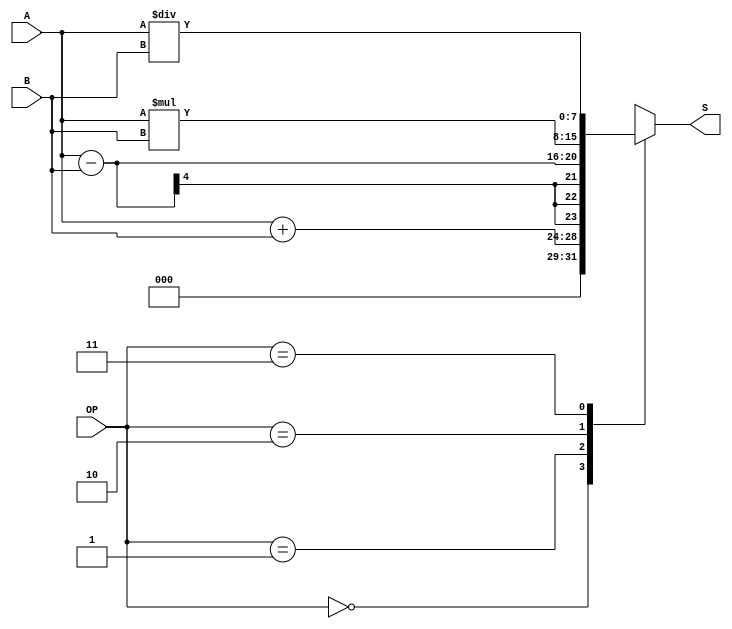
/****************************************************************
 * 				Implementacion FPGA								*
 * Disear e implementar una unidad aritmtica de 4 bits		*
 * que permita realizar suma, resta, multiplicacin y divisin 	*
 * con dos nmeros de un dgito como entrada y mostrar el 		*
 * resultado en un numero de tres dgitos, que se visualizaran	*
 * el pantallas de 7 Segmentos.									*
 * El documento consta de 3 modulos con el siguiente orden:		*
 * 			alu4bit -> bintobcd -> bcdto7seg					*
 ****************************************************************/

//Unidad aritmetica de 4 bits realizar operaciones (+ - * /)
module alu4bit(A, B, OP, S);
input [3:0] A, B;
input [1:0] OP;
output reg [7:0] S;
always @(A or B or OP)
begin
  case (OP)
    2'b00: S <= A + B;
    2'b01: S <= A - B;
    2'b10: S <= A * B;
    2'b11: S <= A / B;
  endcase 
end
endmodule

//Decodificador binario(bin) a BCD digitos(mil cent uni)
module bintobcd(bin, cen, dec, uni);
  input [7:0] bin;
  output reg [3:0] cen, dec, uni;
  integer i;
  always @(bin)
  begin
    cen = 4'b0000;
    dec = 4'b0000;
    uni = 4'b0000;
    for(i=7; i>=0; i=i-1)
    begin
      //Adiciona un 3 a las columnas mayores a 5
      if(cen >= 5)
        cen = cen + 3;
      if(dec >= 5)
        dec = dec + 3;
      if(uni >= 5)
        uni = uni + 3;
      //Un desplazamiento a la izquierda 
      cen = cen << 1;
      cen[0] = dec[3];
      dec = dec << 1;
      dec[0] = uni[3];
      uni = uni << 1;
      uni[0] = bin[i]; 
    end   
  end
endmodule

//Decodificador BCD a pantalla de 7 segmentos
module bcdto7seg(bcd, seg);
  input [3:0] bcd;
  output reg [6:0] seg;
  always @(bcd)
  begin
    case (bcd)
      4'b0000: seg <= 7'b0111111;
      4'b0001: seg <= 7'b0000110;
      4'b0010: seg <= 7'b1011011;
      4'b0011: seg <= 7'b1001111;
      4'b0100: seg <= 7'b1100110;
      4'b0101: seg <= 7'b1101101;
      4'b0110: seg <= 7'b1111100;
      4'b0111: seg <= 7'b0000111;
      4'b1000: seg <= 7'b1111111;
      4'b1001: seg <= 7'b1100111;
    endcase
  end
endmodule